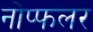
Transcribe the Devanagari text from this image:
नोप्फलर